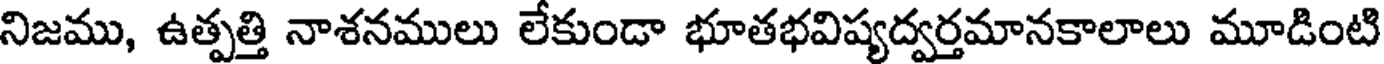
నిజము, ఉత్పత్తి నాశనములు లేకుండా భూతభవిష్యద్వర్తమానకాలాలు మూడింటి